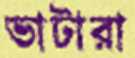
ভাটারা